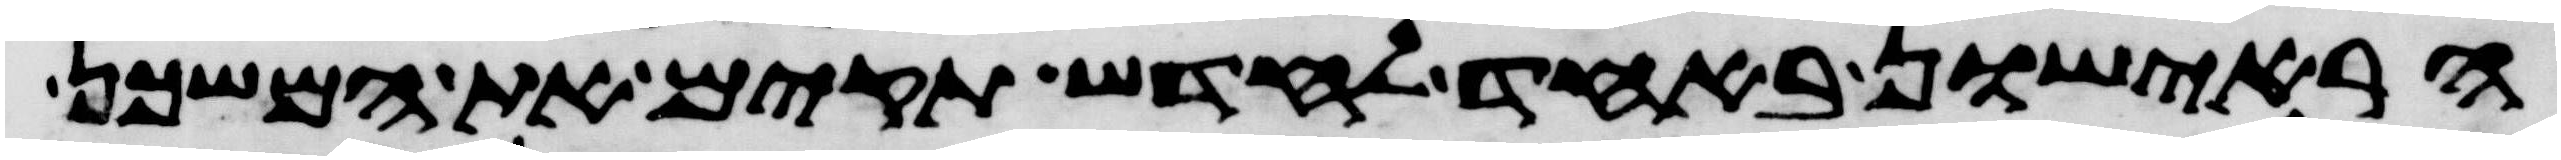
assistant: הראישון באחד לחדש תקים את המשכן